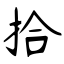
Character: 拾